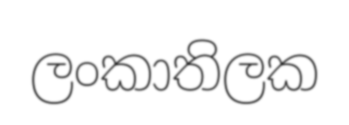
ලංකාතිලක